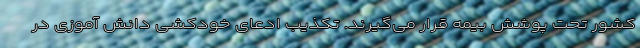
کشور تحت پوشش بیمه قرار می‌گیرند. تکذیب ادعای خودکشی دانش آموزی در